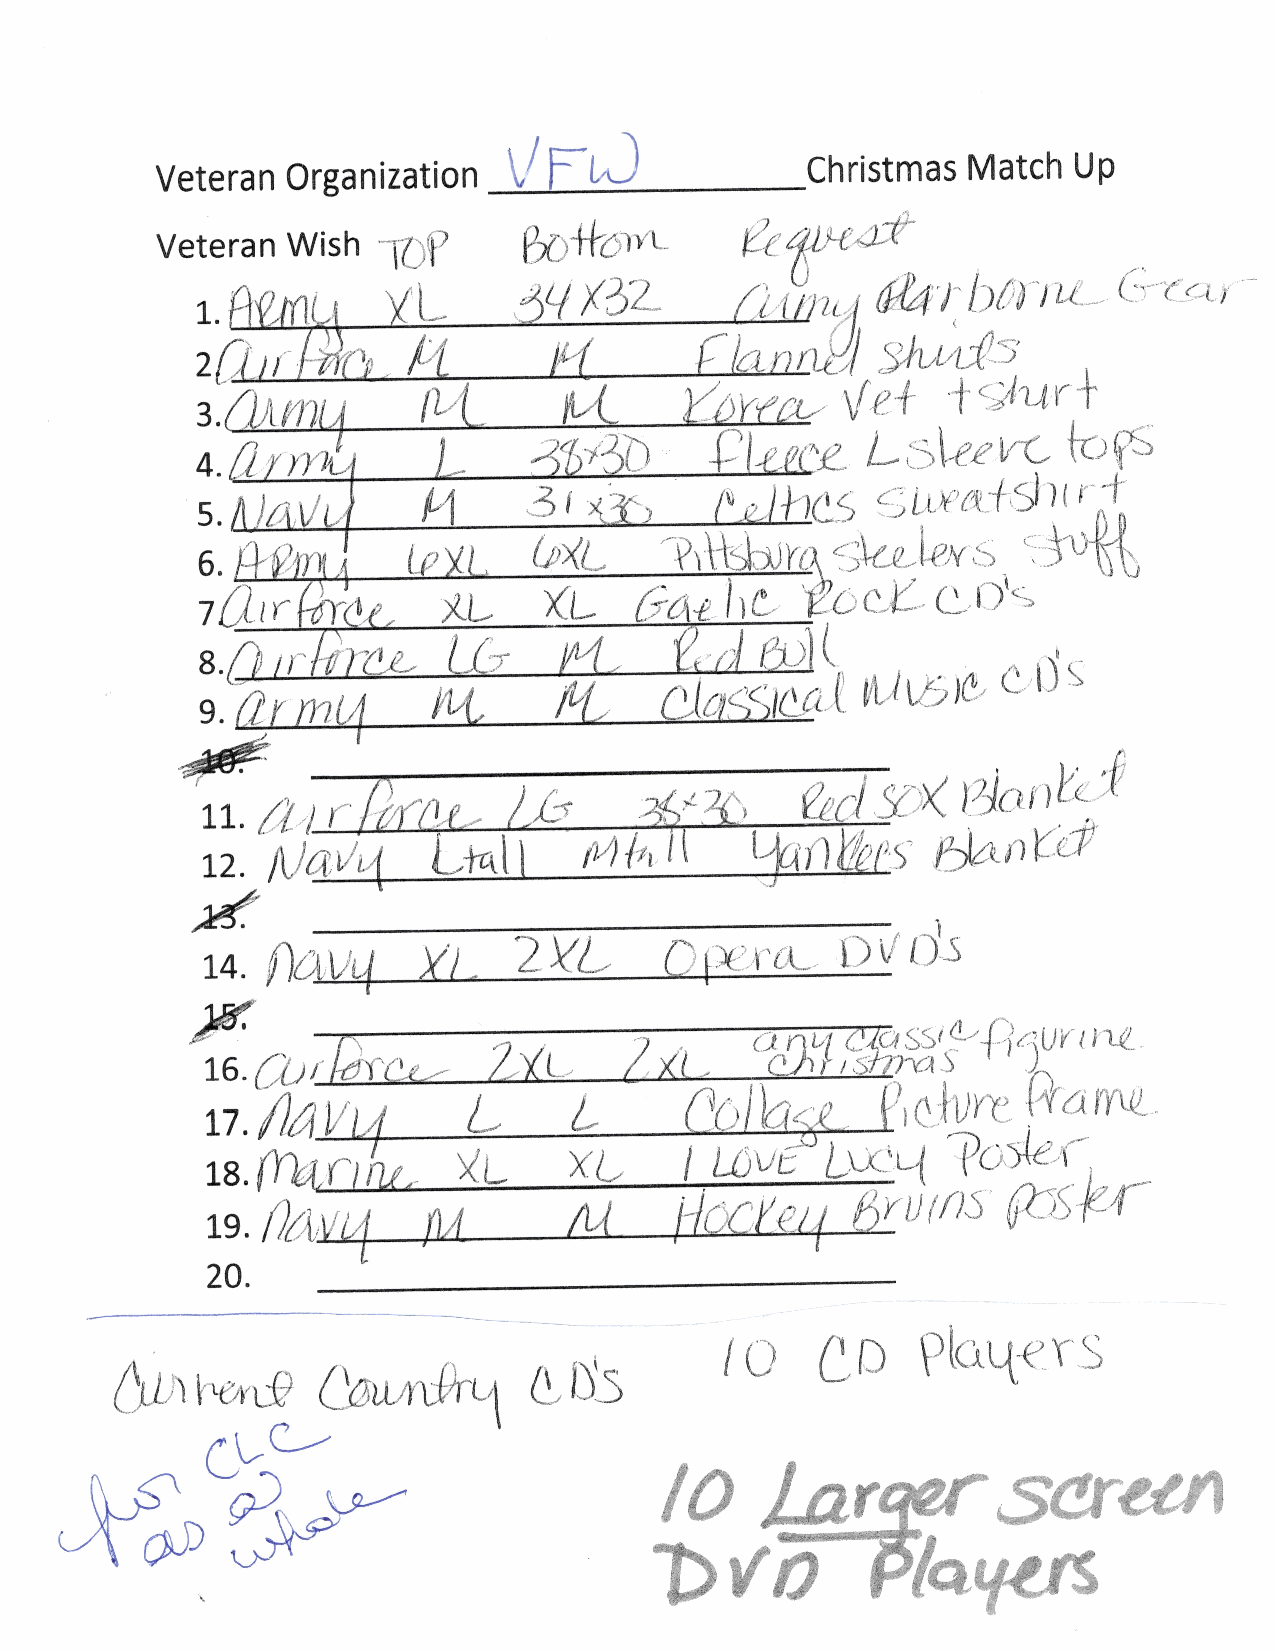
Christmas  Match  Up
 Veteran  Organization JF0
 Veteran  Wish  -rUj'        *61YL
 1W  x3Z
 2cIL
 3.~L
 4.~
 5.
 6.~
 701
 8.0
 9.1
 YX
 ,
 12.                                           s~
 ,k
 v[3--S
 14.  1la-Ull   Y)
 16.
 17A.A
 1-Y~v
 os
 6  y-v     X)Skr
 (~D     NU4-eTS
 V~laytrs